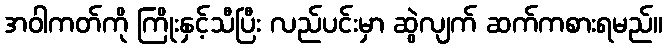
အဝါကတ်ကို ကြိုးနှင့်သီပြီး လည်ပင်းမှာ ဆွဲလျက် ဆက်ကစားရမည်။